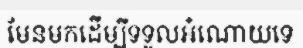
មែនមកដើម្បីទទួលអំណោយទេ